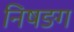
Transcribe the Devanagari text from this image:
निषङग